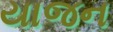
યાજન